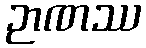
ဉာဏဿ